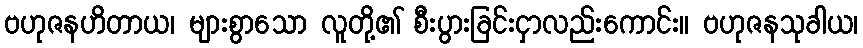
ဗဟုဇနဟိတာယ၊ များစွာသော လူတို့၏ စီးပွားခြင်းငှာလည်းကောင်း။ ဗဟုဇနသုခါယ၊